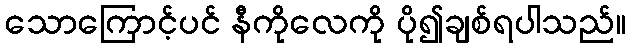
သောကြောင့်ပင် နီကိုလေကို ပို၍ချစ်ရပါသည်။